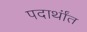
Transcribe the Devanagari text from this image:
पदार्थांंत